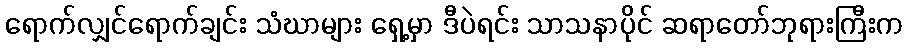
ရောက်လျှင်ရောက်ချင်း သံဃာများ ရှေ့မှာ ဒီပဲရင်း သာသနာပိုင် ဆရာတော်ဘုရားကြီးက